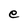
Character: e